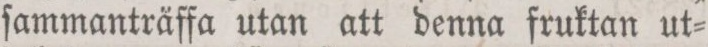
ſammanträffa utan att denna fruktan ut=